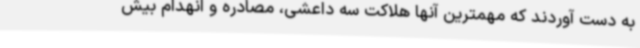
به دست آوردند که مهمترین آنها هلاکت سه داعشی، مصادره و انهدام بیش